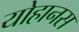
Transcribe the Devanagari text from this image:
योहानस